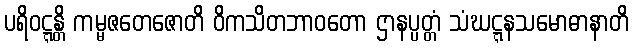
ပရိဝဋ္ဋန္တိ ကမ္မဇတေဇောတိ ဝိကသိတဘာဝတော ဌာနပ္ပတ္တံ သံဃဋ္ဋနသမောဓာနာတိ